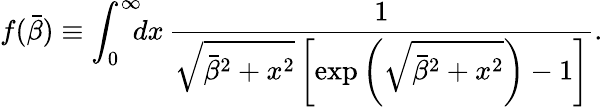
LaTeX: f(\bar{\beta})\equiv\int_{0}^{\infty}\! \! \! dx\, \frac{1}{\sqrt{\bar{\beta}^{2}+x^{2}}\left[\exp\left(\sqrt{\bar{\beta}^{2}+x^{2}}\right)-1\right]}.